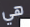
هي